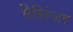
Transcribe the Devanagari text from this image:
मैसिंजर